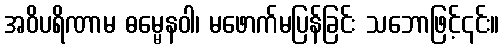
အဝိပရိဏာမ ဓမ္မေနဝါ၊ မဖောက်မပြန်ခြင်း သဘောဖြင့်၎င်း။